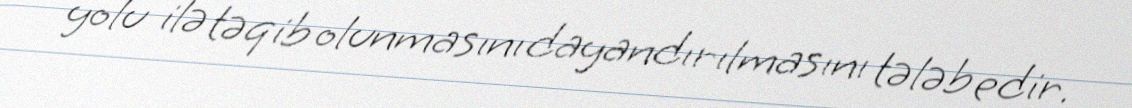
yolu ilə təqib olunmasını dayandırılmasını tələb edir.